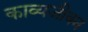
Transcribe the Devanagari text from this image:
काव्यजीवन